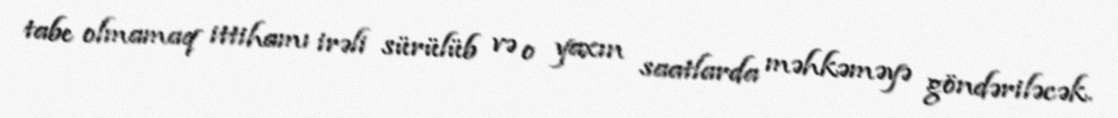
tabe olmamaq ittihamı irəli sürülüb və o yaxın saatlarda məhkəməyə göndəriləcək.